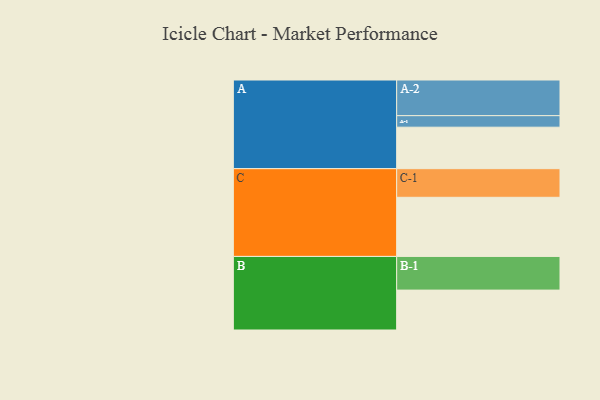
{"axis": {"x": "Segment", "y": "Value"}, "legend": ["", "A", "B", "C"], "data": [{"x": "A", "y": 313, "type": ""}, {"x": "B", "y": 301, "type": ""}, {"x": "C", "y": 446, "type": ""}, {"x": "A-1", "y": 87, "type": "A"}, {"x": "A-2", "y": 269, "type": "A"}, {"x": "B-1", "y": 254, "type": "B"}, {"x": "C-1", "y": 216, "type": "C"}]}